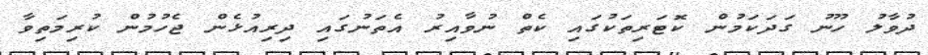
ދުވާލު ހޫނު ގަދަކަމުން ކޮޓަރިތަކުގައި ކެތް ނުވާއިރު އެތަނުގައި ދިރިއުޅެން ޖެހުމުން ކުރިމަތިވާ